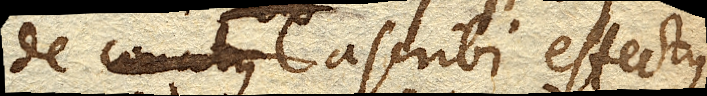
de ascribi effectus